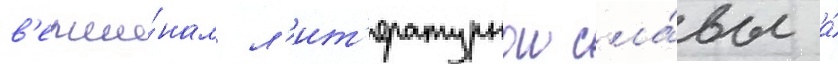
в'ерши́нам л'ит'ературнои сла́вы а́